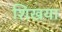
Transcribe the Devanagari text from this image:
शिखया